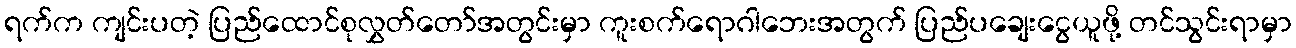
ရက်က ကျင်းပတဲ့ ပြည်ထောင်စုလွှတ်တော်အတွင်းမှာ ကူးစက်ရောဂါဘေးအတွက် ပြည်ပချေးငွေယူဖို့ တင်သွင်းရာမှာ